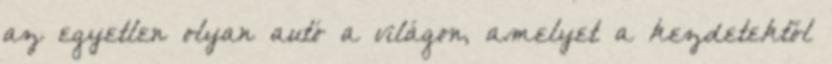
az egyetlen olyan autó a világon, amelyet a kezdetektől